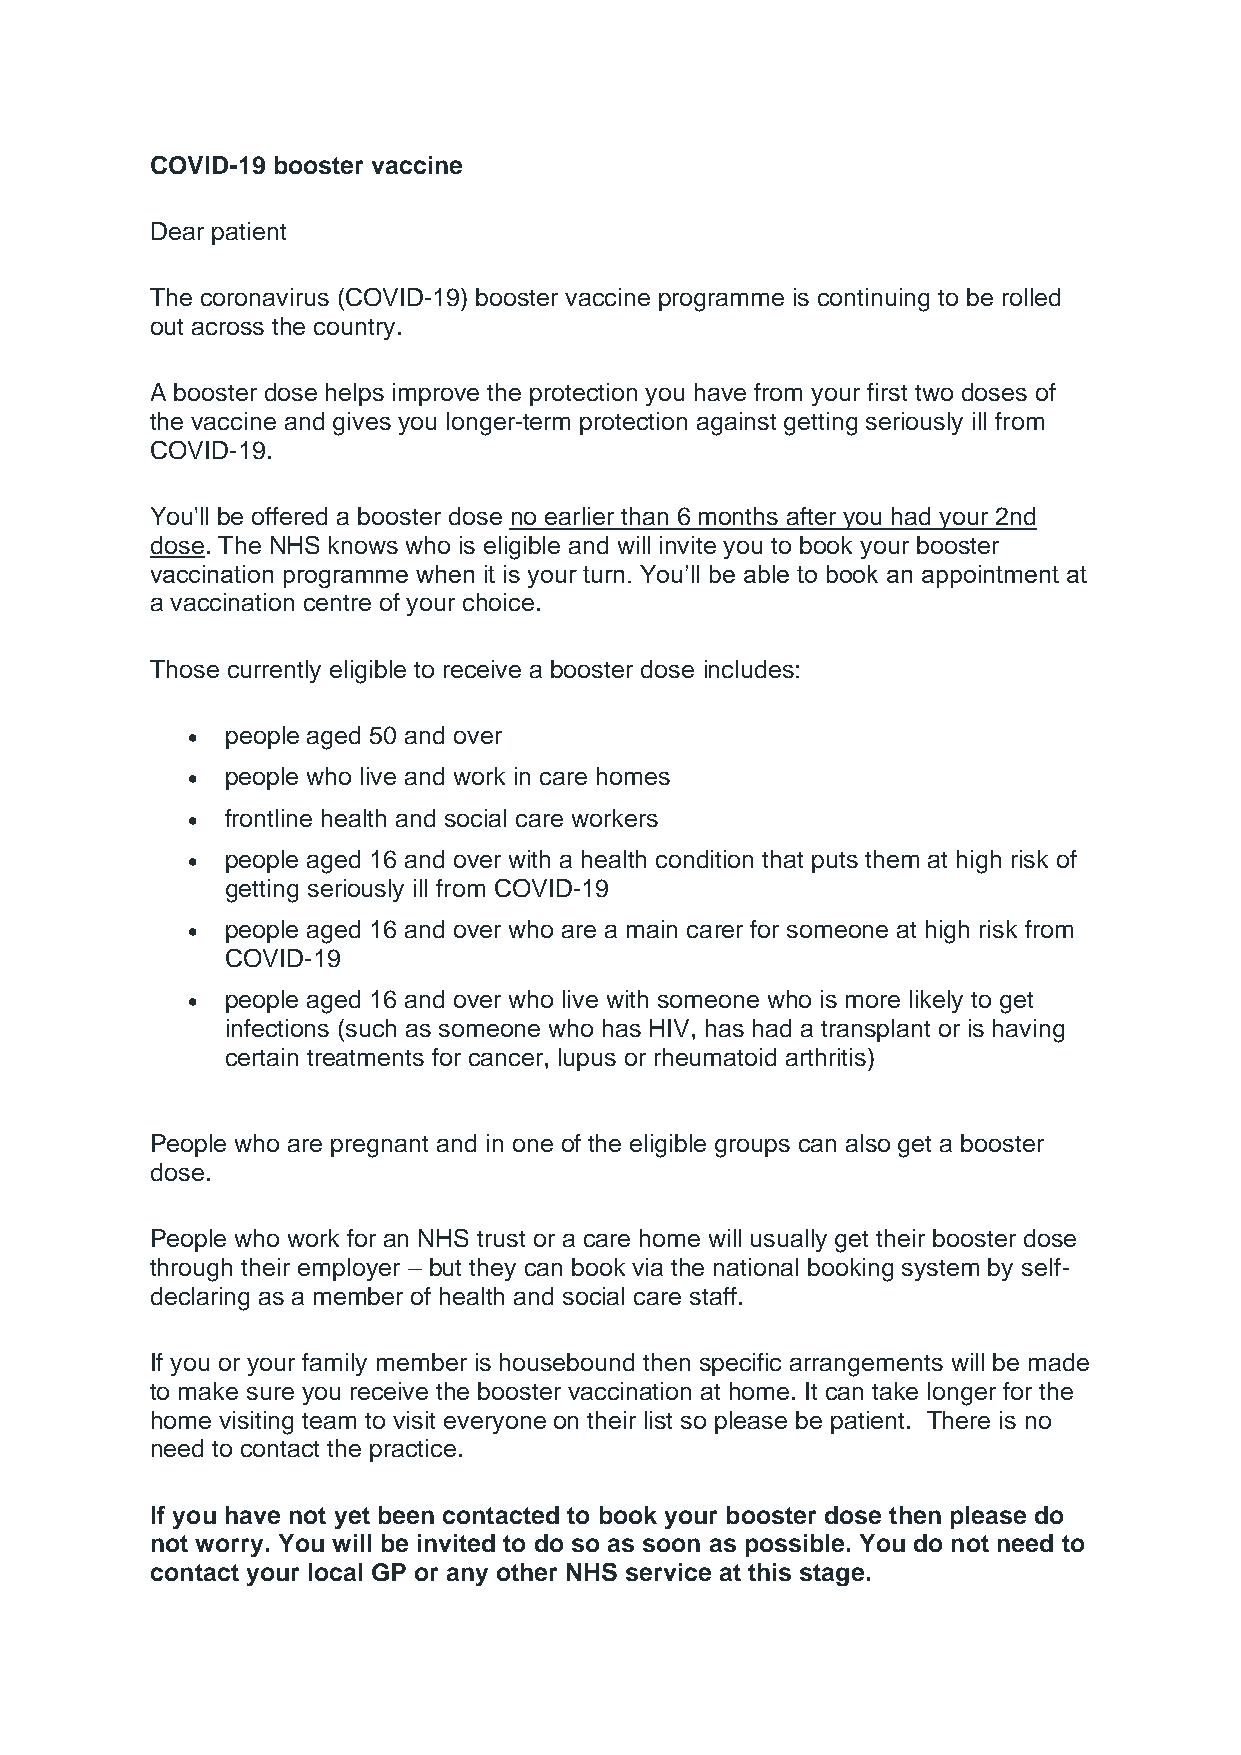
COVID-19 booster vaccine
 Dear patient
 The coronavirus (COVID-19) booster vaccine programme is continuing to be rolled
 out across the country.
 A booster dose helps improve the protection you have from your first two doses of
 the vaccine and gives you longer-term protection against getting seriously ill from
 COVID-19.
 You'll be offered a booster dose no earlier than 6 months after you had your 2nd
 dose. The NHS knows who is eligible and will invite you to book your booster
 vaccination programme when it is your turn. You’ll be able to book an appointment at
 a vaccination centre of your choice.
 Those currently eligible to receive a booster dose includes:
 •  people aged 50 and over
 •  people who live and work in care homes
 •  frontline health and social care workers
 •  people aged 16 and over with a health condition that puts them at high risk of
 getting seriously ill from COVID-19
 •  people aged 16 and over who are a main carer for someone at high risk from
 COVID-19
 •  people aged 16 and over who live with someone who is more likely to get
 infections (such as someone who has HIV, has had a transplant or is having
 certain treatments for cancer, lupus or rheumatoid arthritis)
 People who are pregnant and in one of the eligible groups can also get a booster
 dose.
 People who work for an NHS trust or a care home will usually get their booster dose
 through their employer – but they can book via the national booking system by self-
 declaring as a member of health and social care staff.
 If you or your family member is housebound then specific arrangements will be made
 to make sure you receive the booster vaccination at home. It can take longer for the
 home visiting team to visit everyone on their list so please be patient. There is no
 need to contact the practice.
 If you have not yet been contacted to book your booster dose then please do
 not worry. You will be invited to do so as soon as possible. You do not need to
 contact your local GP or any other NHS service at this stage.